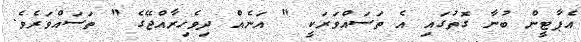
އެޕާޓީން ބުނާ ގޮތުގައި އެ ތަސައްވަރަކީ " އަނެއް ދިވެހިރާއްޖޭގެ " ތަސައްވަރެވެ.